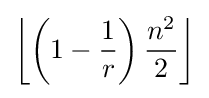
\left\lfloor \left(1-{\frac {1}{r}}\right){\frac {n^{2}}{2}}\right\rfloor